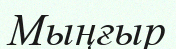
Мыңғыр